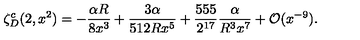
\zeta _ { D } ^ { c } ( 2 , x ^ { 2 } ) = - \frac { \alpha R } { 8 x ^ { 3 } } + \frac { 3 \alpha } { 5 1 2 R x ^ { 5 } } + \frac { 5 5 5 } { 2 ^ { 1 7 } } \frac { \alpha } { R ^ { 3 } x ^ { 7 } } + { \cal O } ( x ^ { - 9 } ) { . }